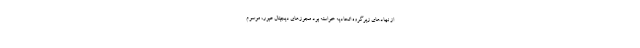
از نهادهای زیرگروه اتحادیه خواسته بود مجوزهای دیجیتال عبور، موسوم